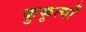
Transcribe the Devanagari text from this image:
कुकृत्‍यों